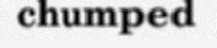
chumped